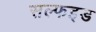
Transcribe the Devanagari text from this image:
सल्फइड